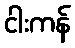
ငါးကန်